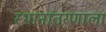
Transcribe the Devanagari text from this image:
स्थानांतरणाला